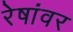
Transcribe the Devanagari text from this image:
रेषांवर